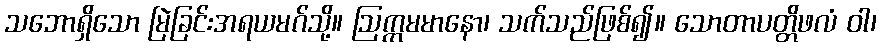
သဘောရှိသော မြဲခြင်းအရယမဂ်သို့။ ဩက္ကမမာနော၊ သက်သည်ဖြစ်၍။ သောတာပတ္တိဖလံ ဝါ၊